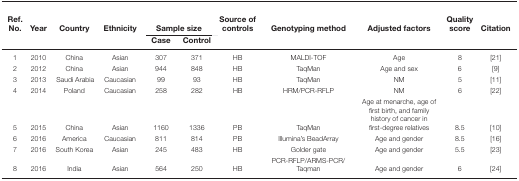
<table><thead><tr><td><b>Ref. No.</b></td><td><b>Year</b></td><td><b>Country</b></td><td><b>Ethnicity</b></td><td colspan="2"><b>Sample size</b></td><td><b>Source of controls</b></td><td><b>Genotyping method</b></td><td><b>Adjusted factors</b></td><td><b>Quality score</b></td><td><b>Citation</b></td></tr><tr><td></td><td></td><td></td><td></td><td><b>Case</b></td><td><b>Control</b></td><td></td><td></td><td></td><td></td><td></td></tr></thead><tbody><tr><td>1</td><td>2010</td><td>China</td><td>Asian</td><td>307</td><td>371</td><td>HB</td><td>MALDI-TOF</td><td>Age</td><td>8</td><td>[21]</td></tr><tr><td>2</td><td>2012</td><td>China</td><td>Asian</td><td>944</td><td>848</td><td>HB</td><td>TaqMan</td><td>Age and sex</td><td>6</td><td>[9]</td></tr><tr><td>3</td><td>2013</td><td>Saudi Arabia</td><td>Caucasian</td><td>99</td><td>93</td><td>HB</td><td>TaqMan</td><td>NM</td><td>5</td><td>[11]</td></tr><tr><td>4</td><td>2014</td><td>Poland</td><td>Caucasian</td><td>258</td><td>282</td><td>HB</td><td>HRM/PCR-RFLP</td><td>NM</td><td>6</td><td>[22]</td></tr><tr><td>5</td><td>2015</td><td>China</td><td>Asian</td><td>1160</td><td>1336</td><td>PB</td><td>TaqMan</td><td>Age at menarche, age of first birth, and family history of cancer in first-degree relatives</td><td>8.5</td><td>[10]</td></tr><tr><td>6</td><td>2016</td><td>America</td><td>Caucasian</td><td>811</td><td>814</td><td>PB</td><td>Illumina’s BeadArray</td><td>Age and gender</td><td>8.5</td><td>[16]</td></tr><tr><td>7</td><td>2016</td><td>South Korea</td><td>Asian</td><td>245</td><td>483</td><td>HB</td><td>Golder gate</td><td>Age and gender</td><td>5.5</td><td>[23]</td></tr><tr><td>8</td><td>2016</td><td>India</td><td>Asian</td><td>564</td><td>250</td><td>HB</td><td>PCR-RFLP/ARMS-PCR/ Taqman</td><td>Age and gender</td><td>6</td><td>[24]</td></tr></tbody></table>